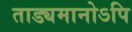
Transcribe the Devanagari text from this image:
ताड्यमानोऽपि